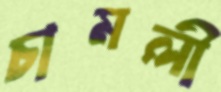
চামলী